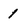
Character: 1